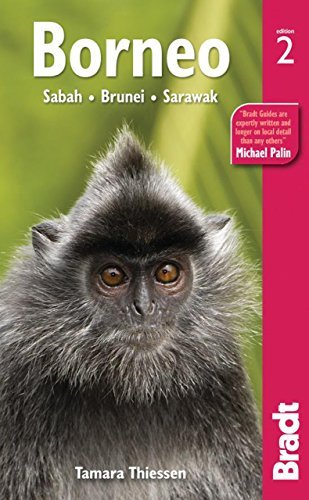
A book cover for By Tamara Thiessen Borneo: Sabah Sarawak Brunei (Bradt Travel Guide) (Second Edition) [Paperback]; Travel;